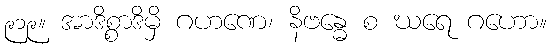
၉၁၉။ အာဒိစ္စာဒိမှိ ဂဟဏေ၊ နိဗန္ဓေ စ ဃရေ ဂဟော။